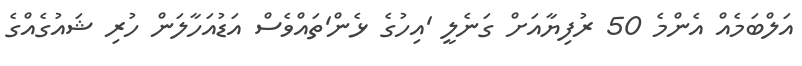
އަލްބަމެއް އެންމެ 50 ރުފިޔާއަށް ގަނެލީ 'އިހުގެ ޅެން'ތައްވެސް އަޑުއަހާލަން ހުރި ޝައުގެއްގެ